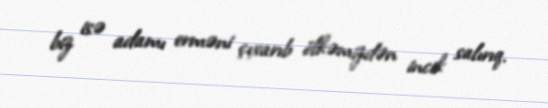
biz isə adamı erməni çıxarıb ölkəmizdən incik salırıq.